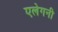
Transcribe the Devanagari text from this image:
एलेगनी